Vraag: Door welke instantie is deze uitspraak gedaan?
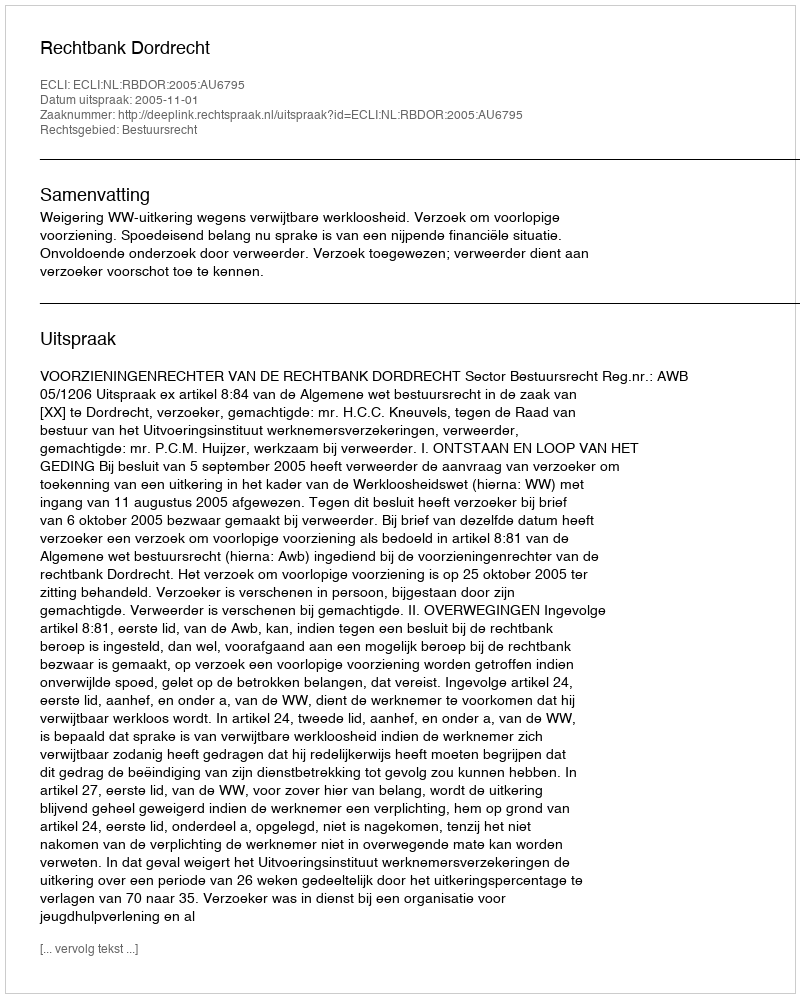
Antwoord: Rechtbank Dordrecht